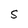
Character: S